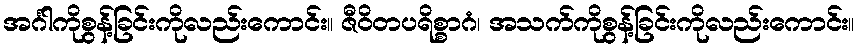
အင်္ဂါကိုစွန့်ခြင်းကိုလည်းကောင်း။ ဇီဝိတပရိစ္စာဂံ၊ အသက်ကိုစွန့်ခြင်းကိုလည်းကောင်း။